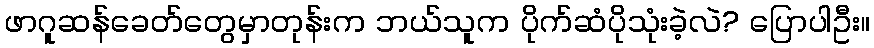
ဖာဂူဆန်ခေတ်တွေမှာတုန်းက ဘယ်သူက ပိုက်ဆံပိုသုံးခဲ့လဲ? ပြောပါဦး။